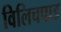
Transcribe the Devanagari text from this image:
विलिचपाड